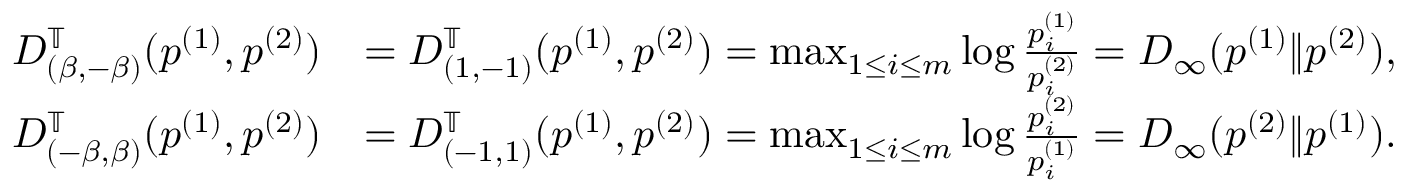
\begin{array} { r l } { D _ { ( \beta , - \beta ) } ^ { \mathbb T } ( p ^ { ( 1 ) } , p ^ { ( 2 ) } ) } & { = D _ { ( 1 , - 1 ) } ^ { \mathbb T } ( p ^ { ( 1 ) } , p ^ { ( 2 ) } ) = \operatorname* { m a x } _ { 1 \leq i \leq m } \log { \frac { p _ { i } ^ { ( 1 ) } } { p _ { i } ^ { ( 2 ) } } } = D _ { \infty } ( p ^ { ( 1 ) } \| p ^ { ( 2 ) } ) , } \\ { D _ { ( - \beta , \beta ) } ^ { \mathbb T } ( p ^ { ( 1 ) } , p ^ { ( 2 ) } ) } & { = D _ { ( - 1 , 1 ) } ^ { \mathbb T } ( p ^ { ( 1 ) } , p ^ { ( 2 ) } ) = \operatorname* { m a x } _ { 1 \leq i \leq m } \log { \frac { p _ { i } ^ { ( 2 ) } } { p _ { i } ^ { ( 1 ) } } } = D _ { \infty } ( p ^ { ( 2 ) } \| p ^ { ( 1 ) } ) . } \end{array}